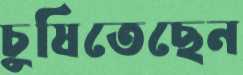
চুষিতেছেন